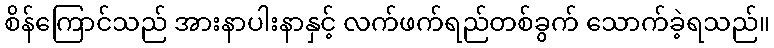
စိန်ကြောင်သည် အားနာပါးနာနှင့် လက်ဖက်ရည်တစ်ခွက် သောက်ခဲ့ရသည်။